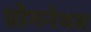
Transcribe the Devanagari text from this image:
प्रोगनेथस